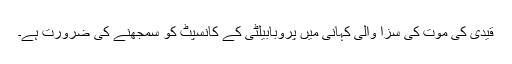
قیدی کی موت کی سزا والی کہانی میں پروبابیلٹی کے کانسپٹ کو سمجھنے کی ضرورت ہے۔